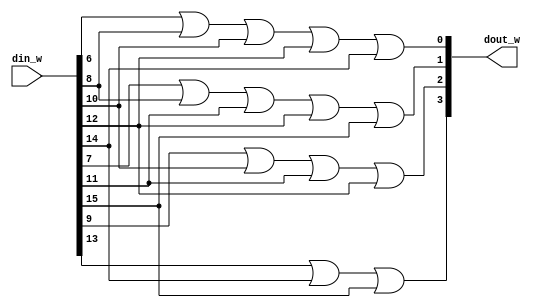

	//*******************************************************************************************
	//Notice!! this priority encoder is only for one-hot encoding
	module PRIORITY_ENCODER 
	(
	din_w,
	dout_w
	);
	
	//******************************** input & output *******************************************************

	input 		[15:0]					din_w;
	wire		[3:0]                   temp_w;
	output 		[3:0]  					dout_w; //1~10i

	//********************************************************************************

	assign 		dout_w[0]=din_w[6]|din_w[8]|din_w[10]|din_w[12]|din_w[14];
	assign 		dout_w[1]=din_w[7]|din_w[8]|din_w[11]|din_w[12]|din_w[15];
	assign 		dout_w[2]=din_w[9]|din_w[10]|din_w[11]|din_w[12];
	assign 		dout_w[3]=din_w[13]|din_w[14]|din_w[15];

	//********************************************************************************
endmodule